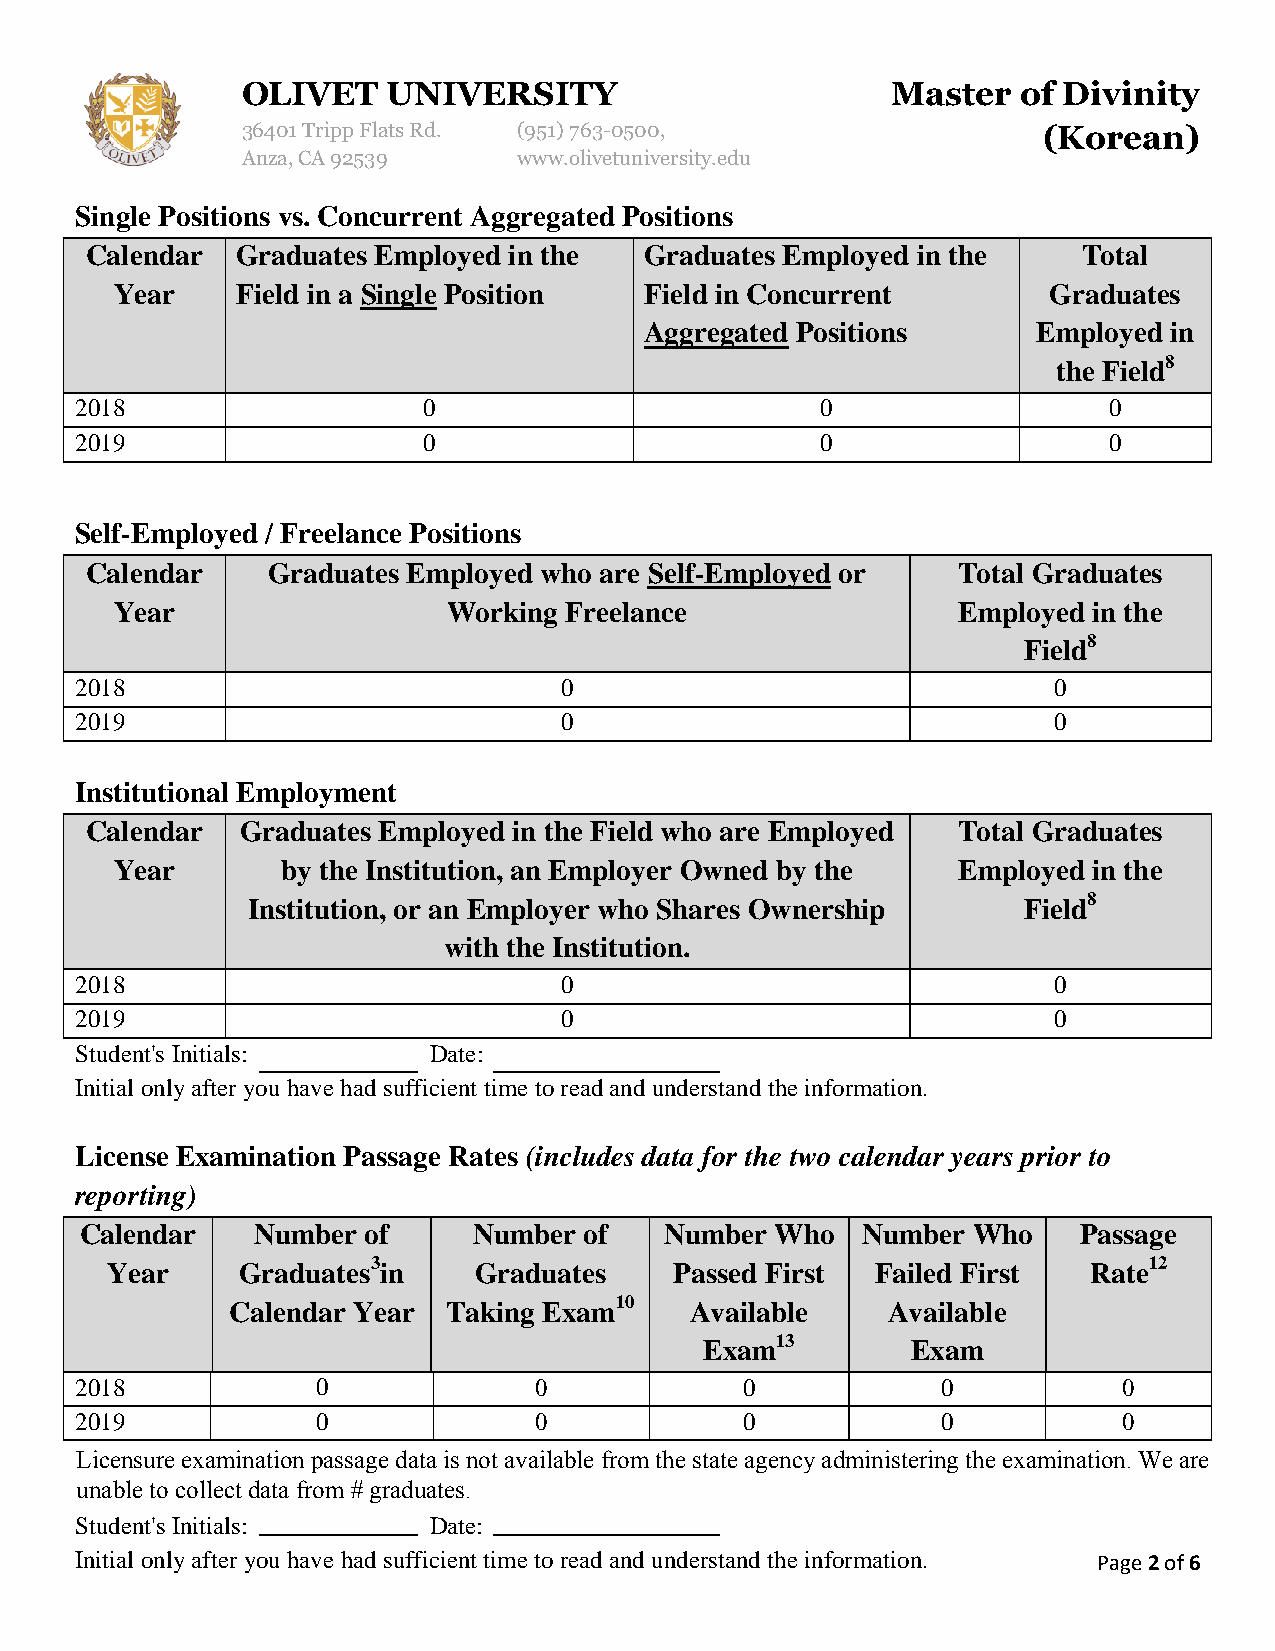
OLIVET    UNIVERSITY                       Master   of Divinity
 36401 Tripp Flats Rd. (951)763-0500,                 (Korean)
 Anza, CA 92539    www.olivetuniversity.edu
 Single Positions vs. Concurrent Aggregated Positions
 Calendar  Graduates Employed in the  Graduates Employed in the    Total
 Year    Field in a Single Position Field in Concurrent       Graduates
 Aggregated Positions      Employed in
 the Field8
 2018                   0                         0                  0
 2019                   0                         0                  0
 Self-Employed / Freelance Positions
 Calendar    Graduates Employed who are Self-Employed or  Total Graduates
 Year                  Working Freelance                Employed in the
 Field8
 2018                            0                                0
 2019                            0                                0
 Institutional Employment
 Calendar  Graduates Employed in the Field who are Employed Total Graduates
 Year       by the Institution, an Employer Owned by the Employed in the
 Institution, or an Employer who Shares Ownership    Field8
 with the Institution.
 2018                            0                                0
 2019                            0                                0
 Student's Initials:    Date:
 Initial only after you have had sufficient time to read and understand the information.
 License Examination Passage Rates (includes data for the two calendar years prior to
 reporting)
 Calendar    Number of     Number  of   Number Who   Number Who     Passage
 Year     Graduates3in   Graduates     Passed First Failed First  Rate12
 Calendar Year  Taking Exam10   Available    Available
 Exam13       Exam
 2018            0             0             0            0           0
 2019            0             0             0            0           0
 Licensure examination passage data is not available from the state agency administering the examination. We are
 unable to collect data from # graduates.
 Student's Initials:    Date:
 Initial only after you have had sufficient time to read and understand the information. Page 2 of 6